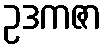
ဥဒကဇာ